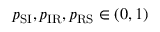
p _ { \mathrm { S I } } , p _ { \mathrm { I R } } , p _ { \mathrm { R S } } \in ( 0 , 1 )